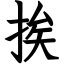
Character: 挨